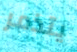
يتذمر